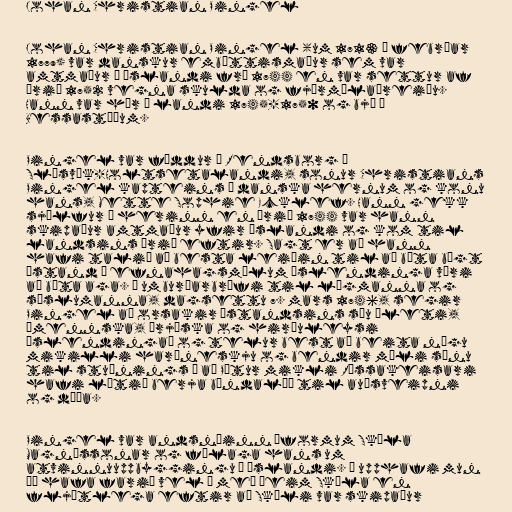
Johan Christian Pingel

Johan Christian Pingel (um 1713 – febrúar
1779) var danskur embættismaður sem var
amtmaður á Íslandi frá 1744 en var settur af
árið 1752 vegna skulda og fjármálaóreiðu.
Hann var hér á landi 1745-1750 og bjó á
Bessastöðum.

Pingel var fæddur í Rendsborg í
Slésvík-Holtsetalandi, sonur Christians
Pingel kapteins í danska hernum og konu
hans, Mette Sophie Ecklef. Hann gekk
sjálfur í herinn en árið 1744 var hann
skipaður amtmaður yfir Íslandi og kom til
landsins árið eftir. Sagt er að hann
hafi talið að besta leiðin til að bæta bágt
ástand í efnahagsmálum Íslendinga væri
að bæta aga. Í umburðarbréfi til lögmanna og
sýslumanna, dagsettu 7. mars 1746, segir
Pingel að orsakir ástandsins séu „leti,
ómennska, þrjóska og hirðuleysi
Íslendinga“ og telur best að beita nógu
mikilli harðneskju og bendir máli sínu
til stuðnings á að Pétur mikli Rússakeisari
hafi látið berja bændalýð til auðsveipni
og dáða.

Pingel var andsnúinn áformum Skúla
Magnússonar og félaga hans um
atvinnuuppbyggingu á Íslandi. Í upphafi mun
þó hafa farið vel á með þeim Skúla en
fljótlega eftir að Skúli var skipaður